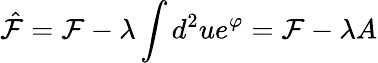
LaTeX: \hat{\mathcal F}=\mathcal F-\lambda\int d^{2}ue^{\varphi}=\mathcal F-\lambda A